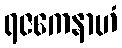
ရဇကေနာဟံ